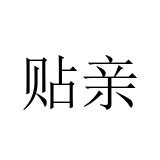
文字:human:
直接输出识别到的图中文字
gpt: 贴亲